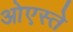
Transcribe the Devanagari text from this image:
ओएस्ते